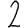
Digit: 2